Civil Veterinary Department Bihar & Orissa reports 1929-36 - 1929-1936
Year: 1929
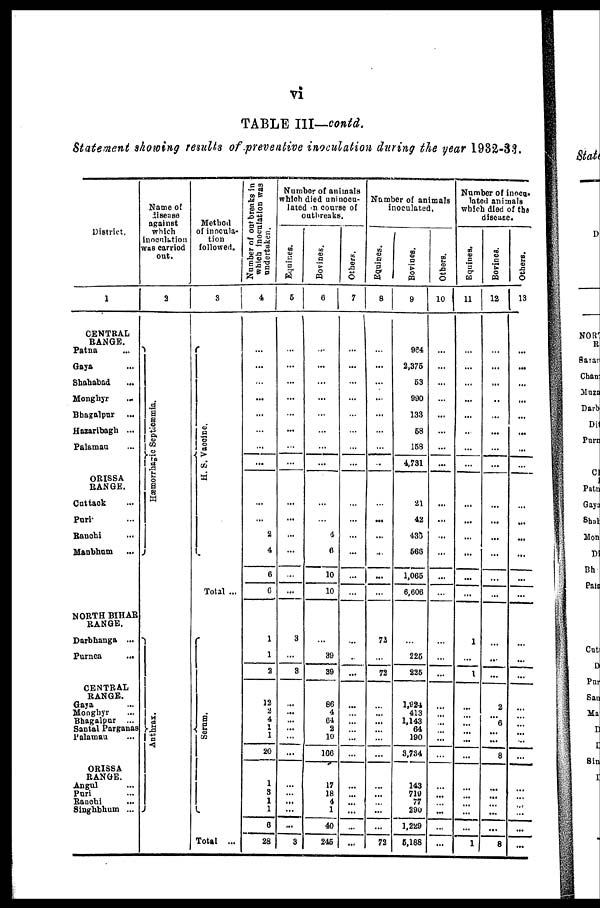
TABLE III—contd.
Statement showing results of preventive inoculation during the year 1932-33.
District.
1
CENTRAL
RANGE.
Patna ...
Gaya ...
Shahabad ...
Monghyr ...
Bhagalpur
...
Hazaribagh ...
Palamau ...
ORISSA
RANGE.
Cattack ...
Purr
Ranchi ...
Manbham ...
NORTH BIHAR
RANGE.
Darbhanga ...
Purnea
...
CENTEAL
RANGE.
Gaya ...
Monghyr ...
Bhagalpur ...
Santal Parganas
Palaman ...
ORISSA
RANGE.
Angal ...
Puri ...
Ranchi ...
Singhbhum ...
Name of
disease
against
which
inoculation
was carried
out.
2
Hæmorrhagic Septicæmia.
Ant hr ax.
Method
of inocula-
tion
followed.
3
H. S. Vacci ne.
Total ...
Ser um.
Total ...
Number of outbreaks in
which inoculation was
undertaken.
4
...
...
...
...
...
...
...
...
...
...
2
4
6
6
1
1
2
12
2
4
1 1
20
1
3 1
1
6
28
Number of animals
which died uninocu-
lated in course of
outbreaks.
Equines.
5
...
...
...
...
...
...
...
...
...
...
...
...
...
...
3
...
3
...
...
...
...
...
...
...
... ...
...
...
3
Bovines.
6
...
...
...
...
...
...
...
...
...
4
6
10
10
...
39
39
86
4
64
2
10
166
17
18
4
1
40
246
Others.
7
...
...
...
...
...
...
...
...
...
...
...
...
...
...
...
...
...
...
...
...
... ...
...
...
...
...
...
...
...
Number of animals
inoculated.
Equines.
8
...
...
...
...
...
...
...
...
...
...
...
...
...
...
72
...
72
...
... ...
...
...
...
...
...
...
...
...
72
Bovines.
9
964
2,375
53
990
133
58
158
4,731
21
42
435
566
1,065
6,606
...
225
225
1,924
413
1,143
64
190
3,734
143
719
77
290
1,229
5,188
Others.
10
...
...
...
...
...
...
...
...
...
...
...
...
...
...
...
...
...
...
... ...
...
...
...
...
...
...
...
...
...
Number of inocu-
lated animals
which died of the
disease.
Equines,
11
...
...
...
...
...
...
...
...
...
...
...
...
...
...
1
...
1
...
...
...
...
...
...
...
...
...
...
...
1
Bovines.
12
...
...
...
..
...
...
...
...
...
...
...
...
...
...
...
...
...
2
... 6
...
...
8
...
...
...
...
...
8
Others.
13
...
...
...
...
...
...
...
...
...
...
...
...
...
...
...
...
...
...
...
...
...
...
...
...
...
...
...
...
...